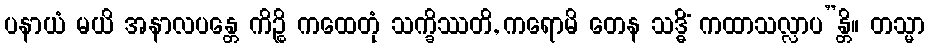
ပနာယံ မယိ အနာလပန္တေ ကိဉ္စိ ကထေတုံ သက္ခိဿတိ, ကရောမိ တေန သဒ္ဓိံ ကထာသလ္လာပ”န္တိ။ တသ္မာ